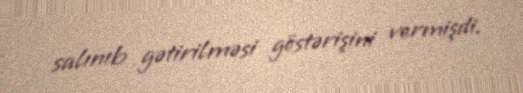
salınıb gətirilməsi göstərişini vermişdi.